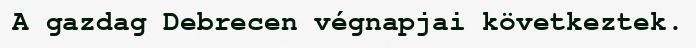
A gazdag Debrecen végnapjai következtek.